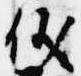
儀